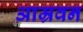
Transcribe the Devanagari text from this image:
आम्रवन